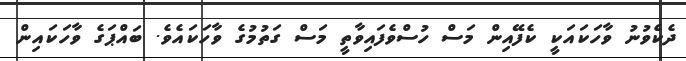
ދެކެވުނު ވާހަކައަކީ ކެފޭއިން މަސް ހުސްވެފައިވާތީ މަސް ގަތުމުގެ ވާހަކައެެވެ. ބައްޕަގެ ވާހަކައިން